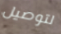
لتوصيل